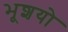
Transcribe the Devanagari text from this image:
भूशयो